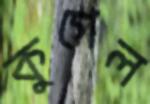
কুগেল